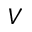
V